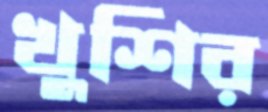
খুশির